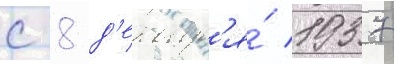
с 8 д'екабр'я́ 1937